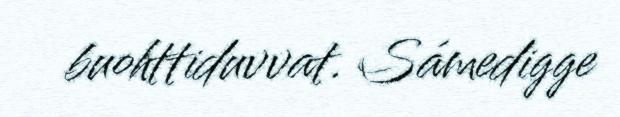
buohttiduvvat. Sámedigge